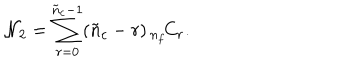
{ \cal N } _ { 2 } = \sum _ { r = 0 } ^ { \tilde { n } _ { c } - 1 } ( \tilde { n } _ { c } - r ) \, { } _ { n _ { f } } \! C _ { r } .